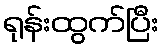
ရုန်းထွက်ပြီး